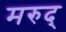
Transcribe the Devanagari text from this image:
मरुद्